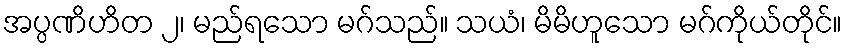
အပ္ပဏိဟိတ ၂၊ မည်ရသော မဂ်သည်။ သယံ၊ မိမိဟူသော မဂ်ကိုယ်တိုင်။